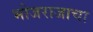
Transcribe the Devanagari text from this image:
भोजराजाचा